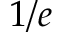
1 / e